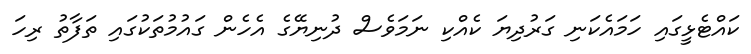
ކައްޓެޅީގައި ހަމައެކަނި ގަރުދިޔަ ކެއްކި ނަމަވެސް ދުނިޔޭގެ އެހެން ގައުމުތަކުގައި ތަފާތު ރިހަ